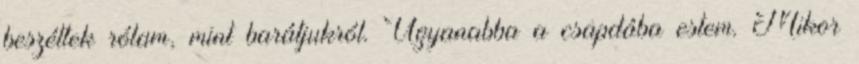
beszéltek rólam, mint barátjukról. Ugyanabba a csapdába estem. Mikor